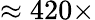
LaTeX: \approx 420\times